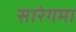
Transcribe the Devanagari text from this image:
सारेगमा